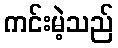
ကင်းမဲ့သည်